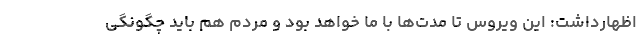
اظهارداشت: این ویروس تا مدت‌ها با ما خواهد بود و مردم هم باید چگونگی